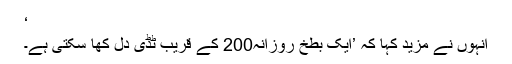
‘
انہوں نے مزید کہا کہ ’ایک بطخ روزانہ200 کے قریب ٹڈی دل کھا سکتی ہے۔